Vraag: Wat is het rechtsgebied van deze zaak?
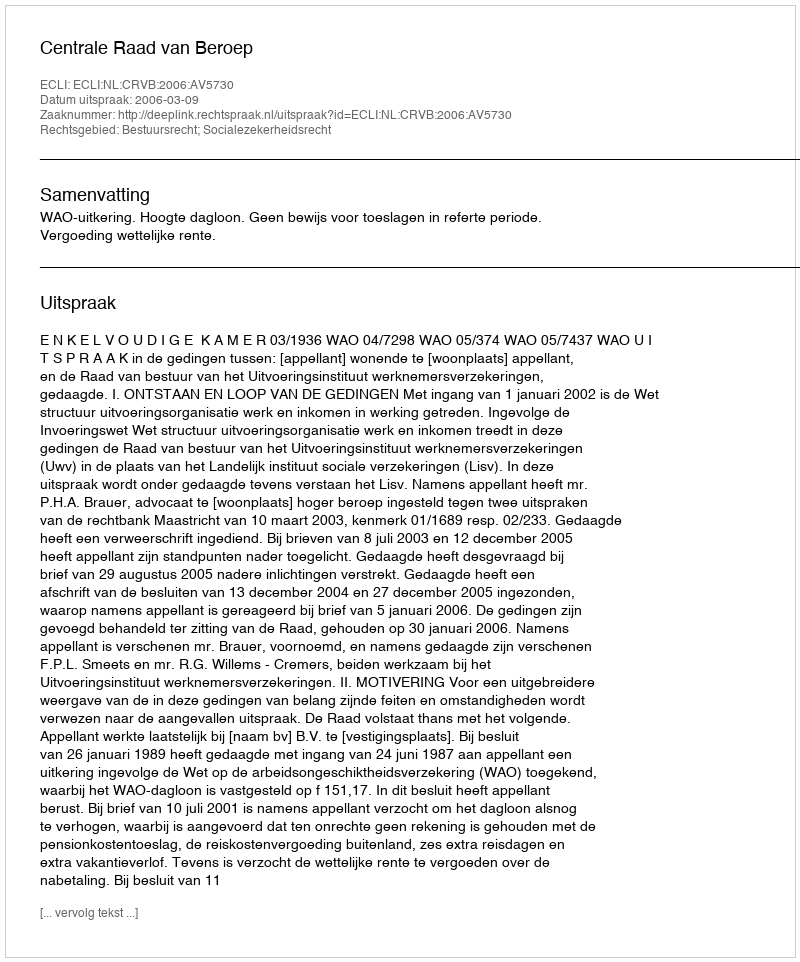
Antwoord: Bestuursrecht; Socialezekerheidsrecht